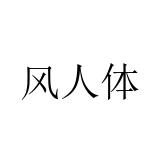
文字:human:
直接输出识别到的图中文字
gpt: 风人体